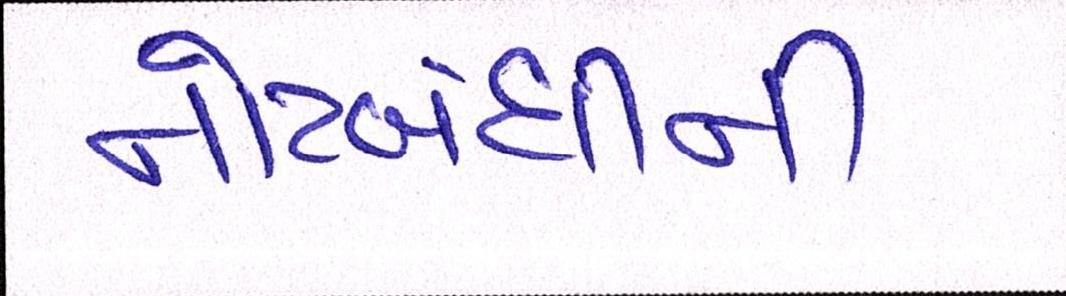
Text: નોટબંધીની